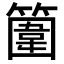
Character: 𥴞